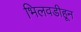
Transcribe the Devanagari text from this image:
भिलवडीहून